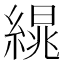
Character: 𦃻